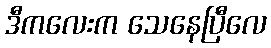
ဒီကလေးက သေနေပြီလေ